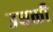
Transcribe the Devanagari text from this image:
उधळी